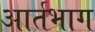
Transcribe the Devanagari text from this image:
आर्तभाग